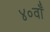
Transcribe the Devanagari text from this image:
४०वाँ